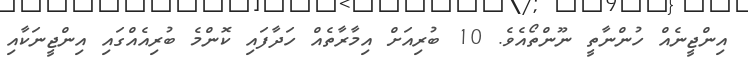
އިންޖީނެއް ހުންނާތީ ނޫންތޯއެވެ. 10 ބުރިއަށް އިމާރާތެއް ހަދާފައި ކޮންމެ ބުރިއެއްގައި އިންޖީނަކާއި